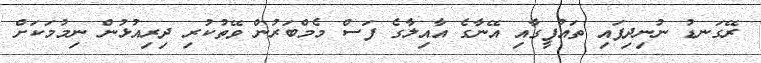
ރޭގަނޑު ނުނިދިފައި ތައުފީގާއި އޭނާގެ އާއިލާގެ ފަސް މެމްބަރުން ވޭތުކުރި ދިރިއުޅުން ނިމުމަކަށް